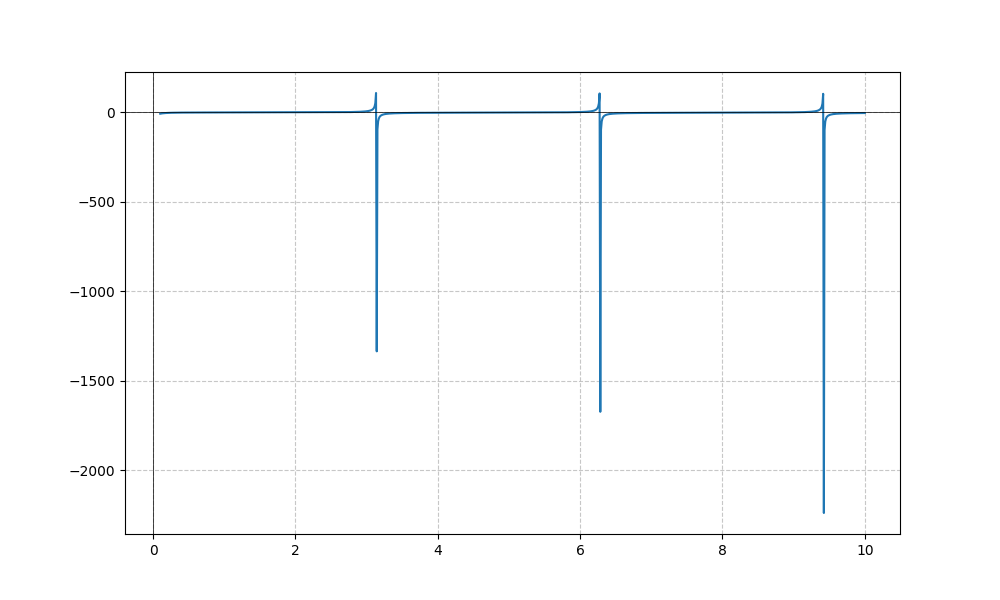
LaTeX formula: - \log{\left(x \right)} - \cot{\left(x \right)}